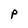
Character: p